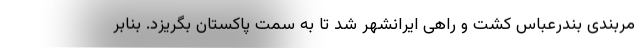
مربندی بندرعباس کشت و راهی ایرانشهر شد تا به سمت پاکستان بگریزد. بنابر